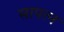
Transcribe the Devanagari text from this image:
सापत्‍न